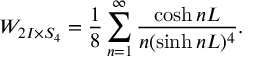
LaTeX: W _ { 2 I \times S _ { 4 } } = \frac { 1 } { 8 } \sum _ { n = 1 } ^ { \infty } \frac { \cosh n L } { n ( \sinh n L ) ^ { 4 } } .